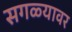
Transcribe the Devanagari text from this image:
सगळ्यावर